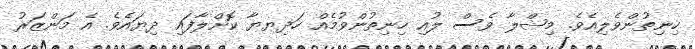
ހިނިތުންވެލިއެވެ. މިޝްލާ ވެސް ލުއި ހިނިތުންވުމެއް ހަދިޔޔާ ކޮށްލާފައި ދިޔައެވެ. އެ މަންޒަރު